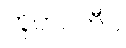
ဘူတပတီဝ